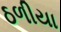
ઠળીયા